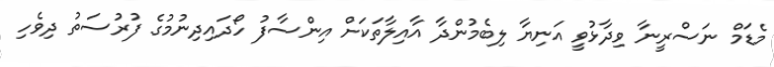
މެޑަމް ނަސްރީނާ ވިދާޅުވީ އަނިޔާ ލިބެމުންދާ އާއިލާތަކަށް އިންސާފު ހޯދައިދިނުމުގެ ފުރުސަތު ދިވެހި